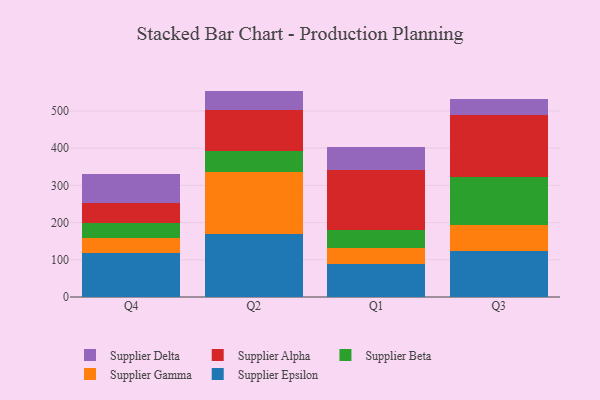
{"axis": {"x": "Quarter", "y": "Humidity (%)"}, "legend": ["Supplier Alpha", "Supplier Beta", "Supplier Delta", "Supplier Epsilon", "Supplier Gamma"], "data": [{"x": "Q4", "y": 119.6, "type": "Supplier Epsilon"}, {"x": "Q4", "y": 39.0, "type": "Supplier Gamma"}, {"x": "Q4", "y": 40.6, "type": "Supplier Beta"}, {"x": "Q4", "y": 53.2, "type": "Supplier Alpha"}, {"x": "Q4", "y": 79.1, "type": "Supplier Delta"}, {"x": "Q2", "y": 170.0, "type": "Supplier Epsilon"}, {"x": "Q2", "y": 166.0, "type": "Supplier Gamma"}, {"x": "Q2", "y": 56.1, "type": "Supplier Beta"}, {"x": "Q2", "y": 109.8, "type": "Supplier Alpha"}, {"x": "Q2", "y": 52.2, "type": "Supplier Delta"}, {"x": "Q1", "y": 88.5, "type": "Supplier Epsilon"}, {"x": "Q1", "y": 43.7, "type": "Supplier Gamma"}, {"x": "Q1", "y": 47.0, "type": "Supplier Beta"}, {"x": "Q1", "y": 162.8, "type": "Supplier Alpha"}, {"x": "Q1", "y": 60.1, "type": "Supplier Delta"}, {"x": "Q3", "y": 123.3, "type": "Supplier Epsilon"}, {"x": "Q3", "y": 71.2, "type": "Supplier Gamma"}, {"x": "Q3", "y": 126.8, "type": "Supplier Beta"}, {"x": "Q3", "y": 167.5, "type": "Supplier Alpha"}, {"x": "Q3", "y": 44.0, "type": "Supplier Delta"}]}